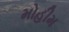
મોહીમ